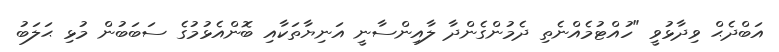
އަބްދެޙް ވިދާޅުވީ "ހުއްޓުމެއްނެތި ދެމުންގެންދާ ލާއިންސާނީ އަނިޔާތަކާއި ބޮންއެޅުމުގެ ސަބަބުން މުޅި ޙަލަބު